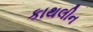
કાથલીન